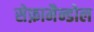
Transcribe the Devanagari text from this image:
सेफ़ामैन्डोल